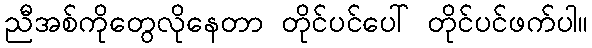
ညီအစ်ကိုတွေလိုနေတာ တိုင်ပင်ပေါ် တိုင်ပင်ဖက်ပါ။